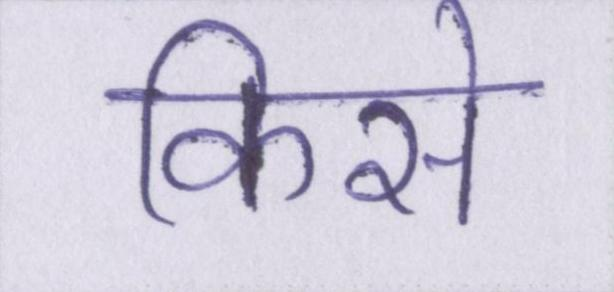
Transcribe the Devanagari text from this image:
किसे